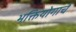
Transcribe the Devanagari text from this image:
भक्तियोगाचे